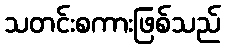
သတင်းစကားဖြစ်သည်